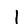
Digit: 1